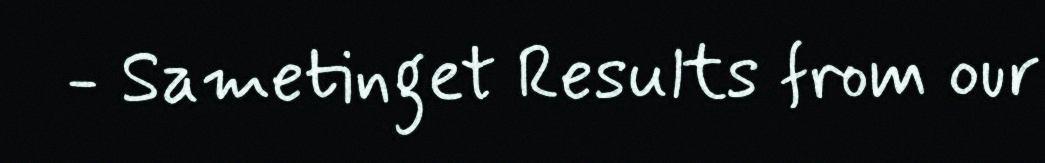
- Sametinget Results from our